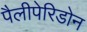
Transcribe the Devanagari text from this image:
पैलीपेरिडोन